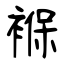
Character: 褓